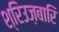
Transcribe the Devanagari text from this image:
श्रिउज़बारि